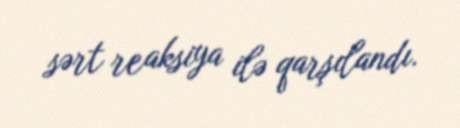
sərt reaksiya ilə qarşılandı.